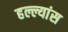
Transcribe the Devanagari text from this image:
हल्ल्यांस